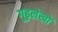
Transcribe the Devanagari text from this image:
गूढ़लेखों